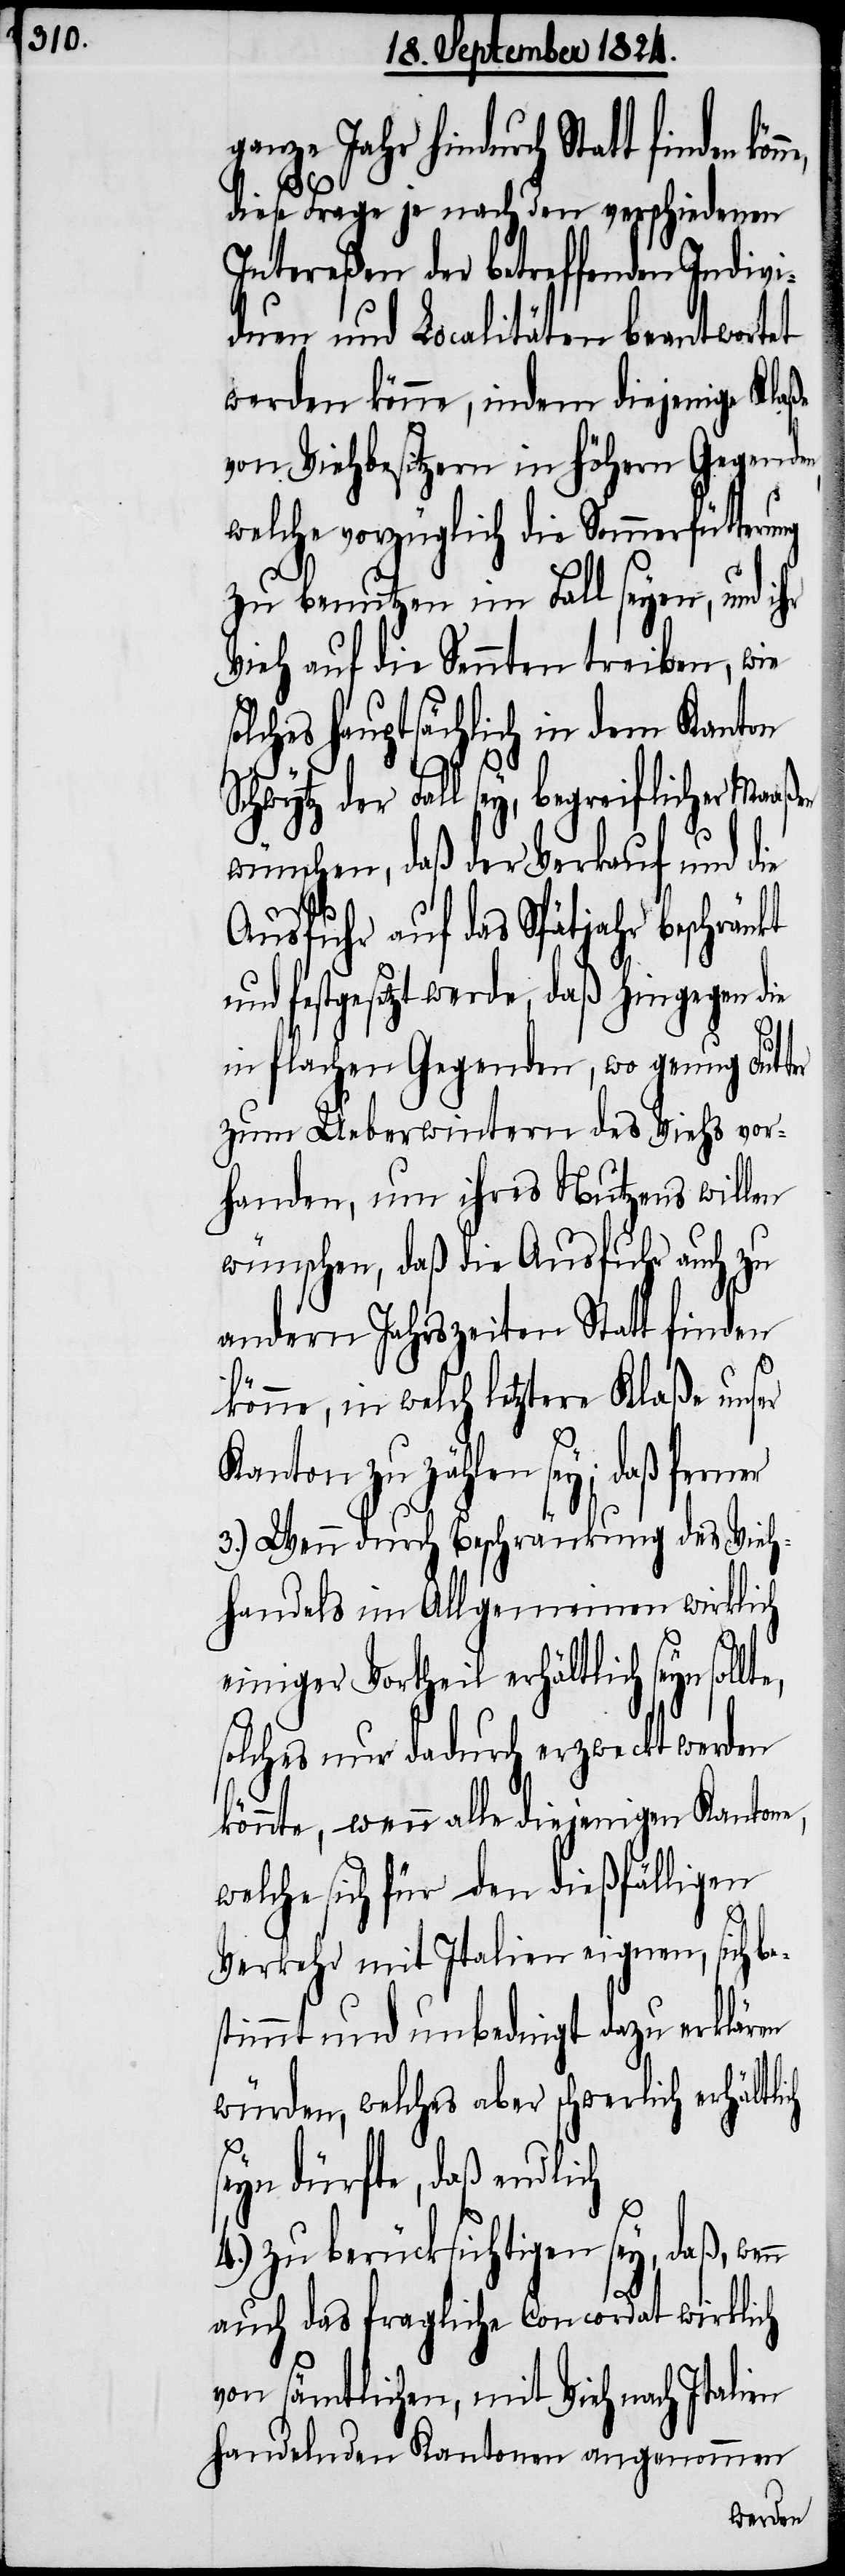
ganze Jahr hindurch Statt finden
diese Frage je nach den verschiedenen
Intereßen der betreffenden Indivi¬
duen und Localitäten beantwortet
werden könne, indem diejenige Klaße
von Viehbesitzern in höhern Gegenden,
welche vorzüglich die Sommerfütterung
zu benutzen im Fall seyen, und i¬
Vieh auf die Sennten treiben, wie
olches hauptsächlich in dem Kanton
lte,
Schwytz der Fall sey, begreiflicher Maa¬
wünschen, daß der Verkauf und die
Ausfuhr auf das Spätjahr beschränkt
festgesetzt werde, daß hingegen die
in flachen Gegenden, wo genug Futter
zum Ueberwintern des Viehs vor¬
handen, um ihres Nutzens willen
wünschen, daß die Ausfuhr auch zu
andern Jahreszeiten Statt finden
ßen
könne, in welch letztere Klaße unser
Kanton zu zählen sey; daß ferner
3.) Wenn durch Beschränkung des Vieh¬
handels im Allgemeinen wirklich
einiger Vortheil erhältlich seyn sol¬
solches nur dadurch erzweckt werden
könnte, wenn alle diejenigen Kantone,
welche sich für den dießfälligen
Verkehr mit Italien eignen, sich be¬
stimmt und unbedingt dazu erklären
würden, welches aber schwerlich erhältlich
n
eyn dürfte, daß endlich
4.) zu berücksichtigen sey, daß, wen¬
auch das fragliche Concordat wirklich
von sämtlichen, mit Vieh nach Italien
handelnden Kantonen angenommen